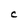
Character: C